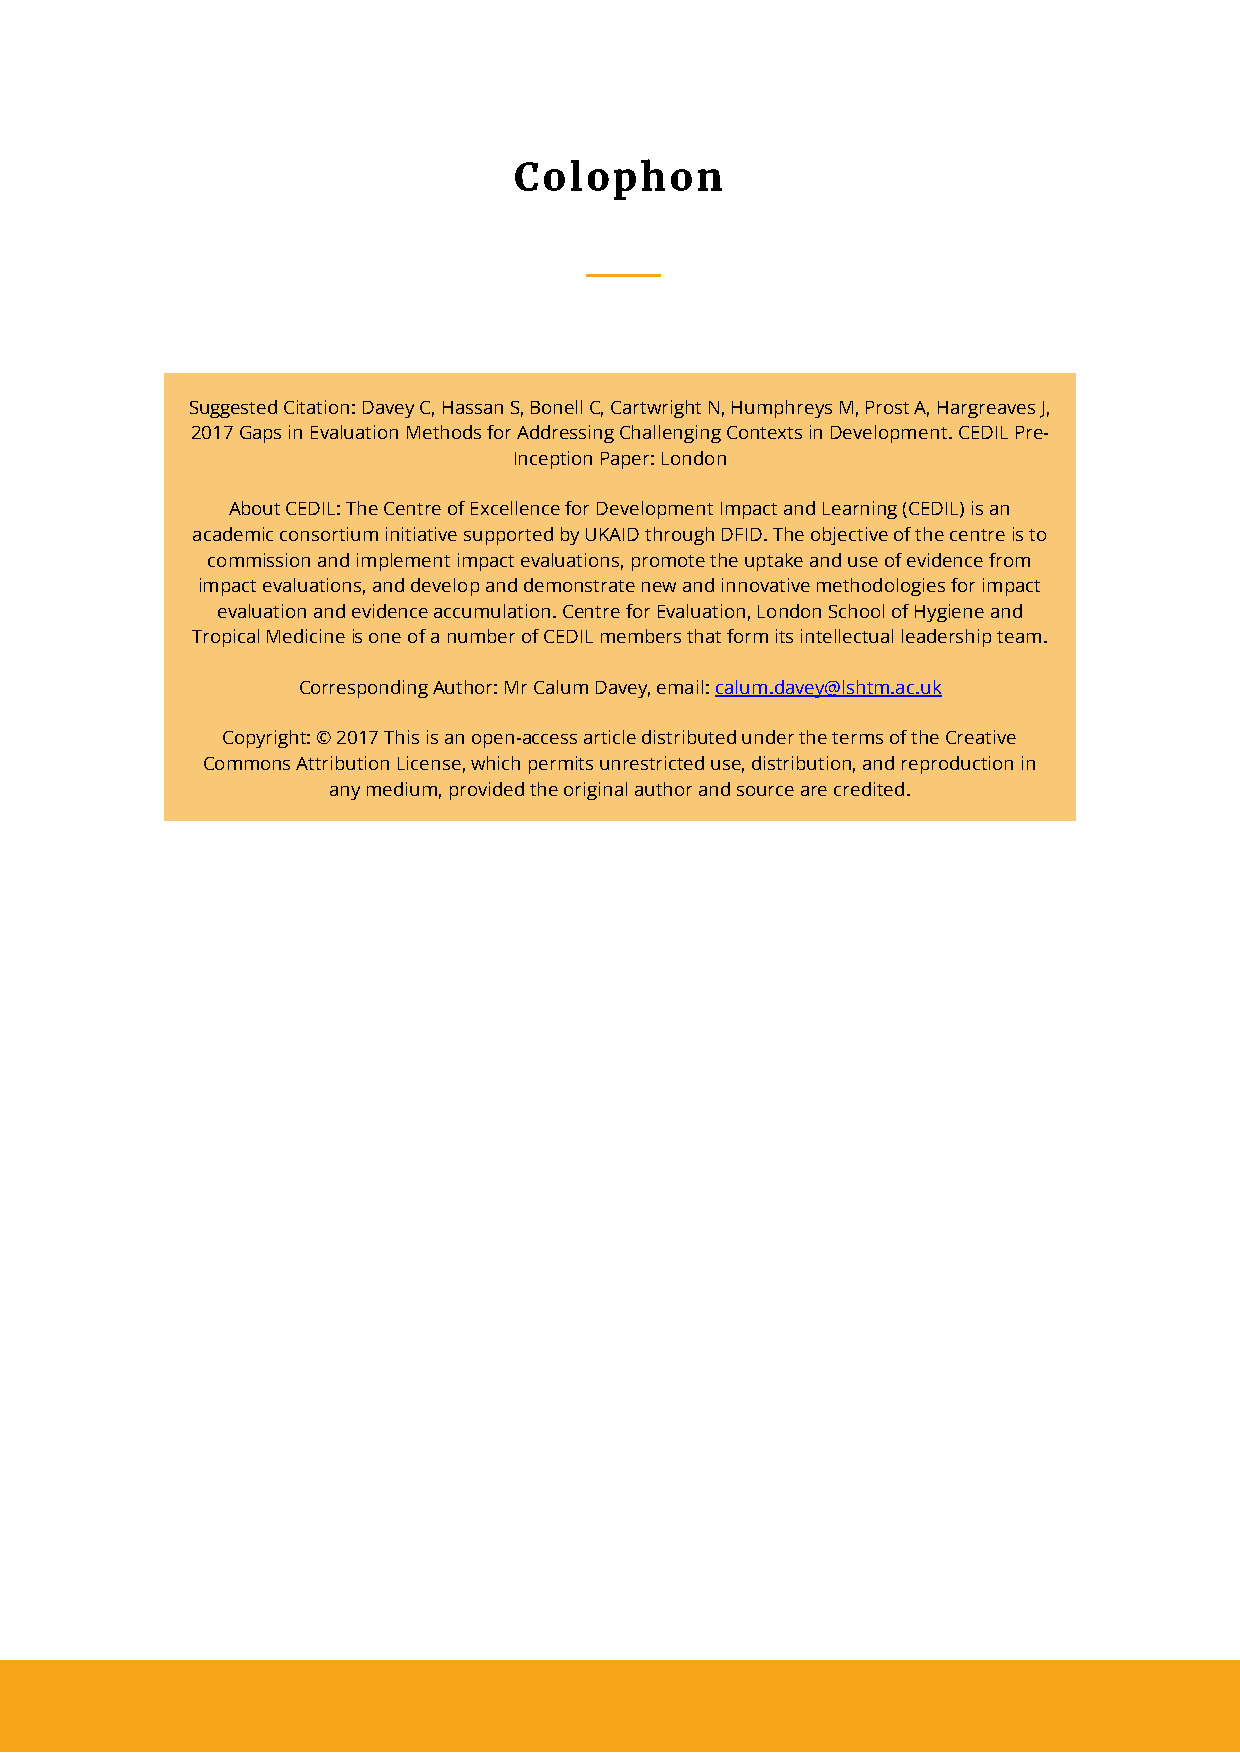
Suggested Citation: Davey C, Hassan S, Bonell C, Cartwright N, Humphreys M, Prost A, Hargreaves J,
 2017 Gaps in Evaluation Methods for Addressing Challenging Contexts in Development. CEDIL Pre-
 Inception Paper: London
 About CEDIL: The Centre of Excellence for Development Impact and Learning (CEDIL) is an
 academic consortium initiative supported by UKAID through DFID. The objective of the centre is to
 commission and implement impact evaluations, promote the uptake and use of evidence from
 impact evaluations, and develop and demonstrate new and innovative methodologies for impact
 evaluation and evidence accumulation. Centre for Evaluation, London School of Hygiene and
 Tropical Medicine is one of a number of CEDIL members that form its intellectual leadership team.
 Corresponding Author: Mr Calum Davey, email: calum.davey@lshtm.ac.uk
 Copyright: © 2017 This is an open-access article distributed under the terms of the Creative
 Commons Attribution License, which permits unrestricted use, distribution, and reproduction in
 any medium, provided the original author and source are credited.